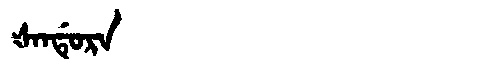
Manchu: ᡧᠠᠨᡩᡠᡵᠠ
Romanization: ŠANDURA